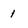
Character: 1